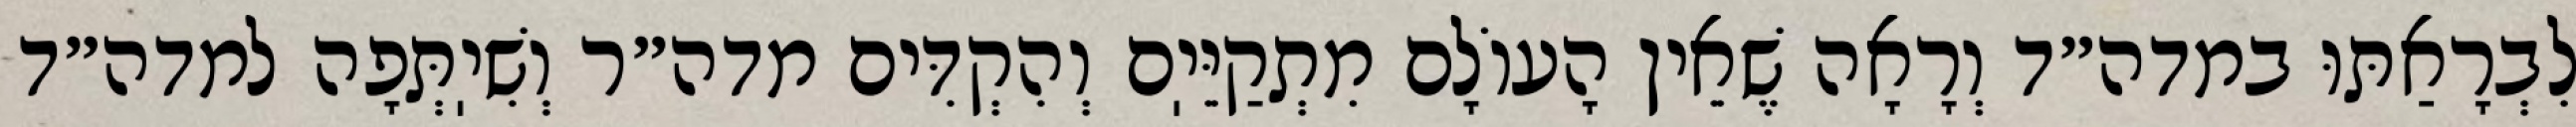
לִבְרָאַתּוּ במדה״ד וְרָאָה שֶׁאֵין הָעוֹלָם מִתְקַיֵּיֽם וְהִקְדִּים מדה״ר וְשִׁיֽתְּפָה למדה״ד